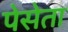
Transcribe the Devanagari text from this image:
पेसेता